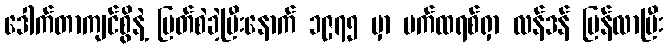
ဒေါက်တာကျင်စွိနဲ့ ပြတ်စဲခဲ့ပြီးနောက် ၁၉၇၅ မှာ ပက်ထရစ်ရှာ လန်ဒန် ပြန်လာပြီး